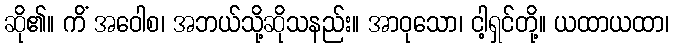
ဆို၏။ ကိံ အဝေါစ၊ အဘယ်သို့ဆိုသနည်း။ အာဝုသော၊ ငါ့ရှင်တို့။ ယထာယထာ၊